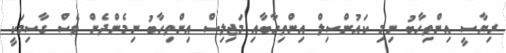
ރިޔާސީ އިންތިހާބު ނިމި ކައުންސިލް އިންތިހާބާއި މަޖިލިސް އިންތިހާބު ނިމެންދެން ވެސް ގާސިމަކީ